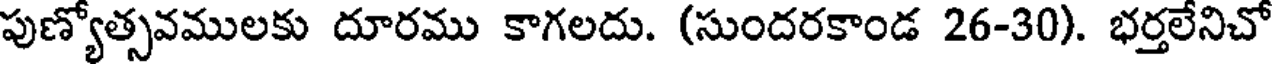
పుణ్యోత్సవములకు దూరము కాగలదు. (సుందరకాండ 26-30). భర్తలేనిచో